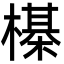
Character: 㯦